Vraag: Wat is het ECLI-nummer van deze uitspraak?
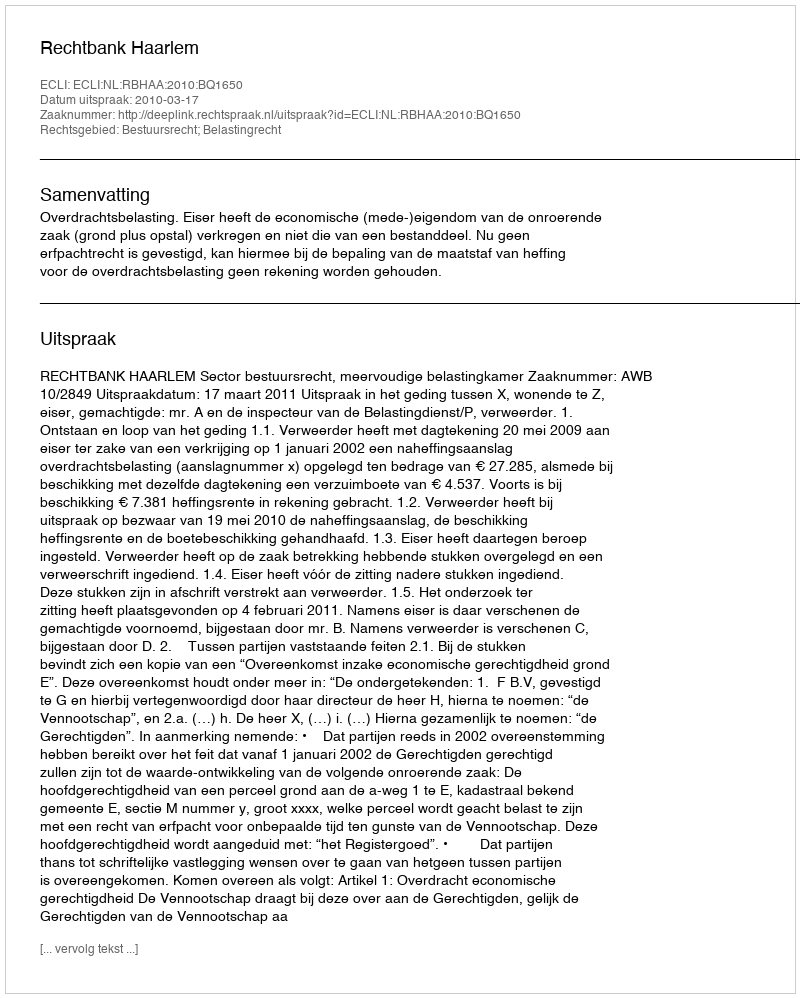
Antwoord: ECLI:NL:RBHAA:2010:BQ1650